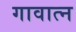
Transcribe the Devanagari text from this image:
गावात्न